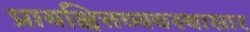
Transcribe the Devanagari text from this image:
प्रायश्चित्तव्यवस्थासार